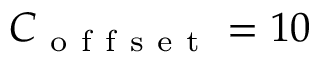
C _ { \mathrm { ~ o ~ f ~ f ~ s ~ e ~ t ~ } } = 1 0